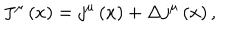
LaTeX: J ^ { \mu } \left( x \right) = j ^ { \mu } \left( x \right) + \Delta j ^ { \mu } \left( x \right) ,